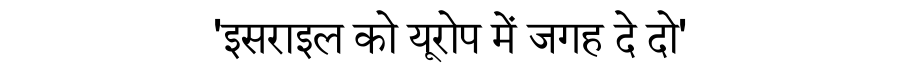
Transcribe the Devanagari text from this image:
'इसराइल को यूरोप में जगह दे दो'